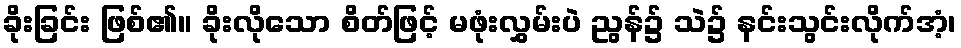
ခိုးခြင်း ဖြစ်၏။ ခိုးလိုသော စိတ်ဖြင့် မဖုံးလွှမ်းပဲ ညွန်၌ သဲ၌ နင်းသွင်းလိုက်အံ့၊